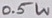
Text: 0.5W